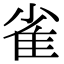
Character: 雀